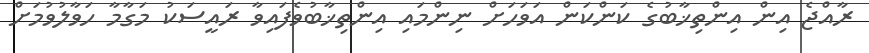
ރާއްޖެ އިން އިންތިޚާބުގެ ކަންކަން އަވަހަށް ނިންމައި އިންތިޚާބުވެފައިވާ ރައީސަކު މަގާމާ ހަވާލުވުމަށް